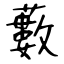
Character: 藪